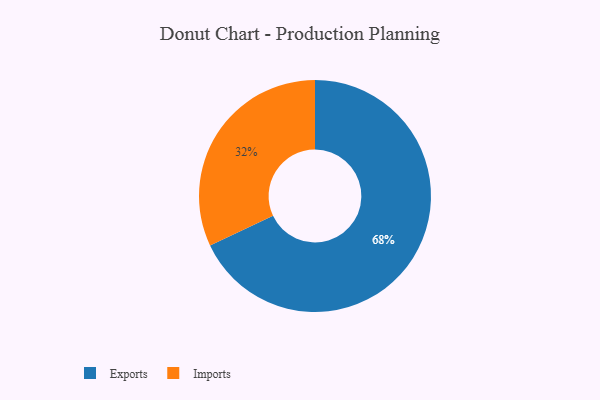
{"axis": {"x": "Category", "y": "Percentage"}, "legend": ["Exports", "Imports"], "data": [{"x": "Imports", "y": 32, "type": "Imports"}, {"x": "Exports", "y": 68, "type": "Exports"}]}